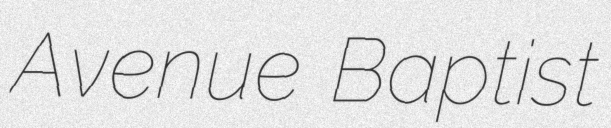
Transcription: Avenue Baptist